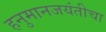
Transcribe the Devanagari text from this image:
हनुमानजयंतीचा